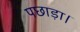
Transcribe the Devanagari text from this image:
पछाड़ा।